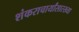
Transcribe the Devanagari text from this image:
शंकराचार्यांसारख्या